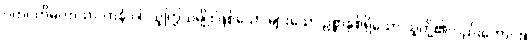
ဂဟပတိမဟာသာလာနံ ဝါ၊ သူကြွယ်မျိုးဖြစ်သော များသော ဥစ္စာနှစ်ရှိသော သူတို့၏လည်းကောင်း။